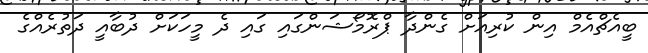
ބީއެޗްއެމް އިން ކުރިއަށް ގެންދާ ޕްރޮމޯޝަންގައި ގައި ދެ މީހަކަށް ދުބާއީ ދަތުރެއްގެ